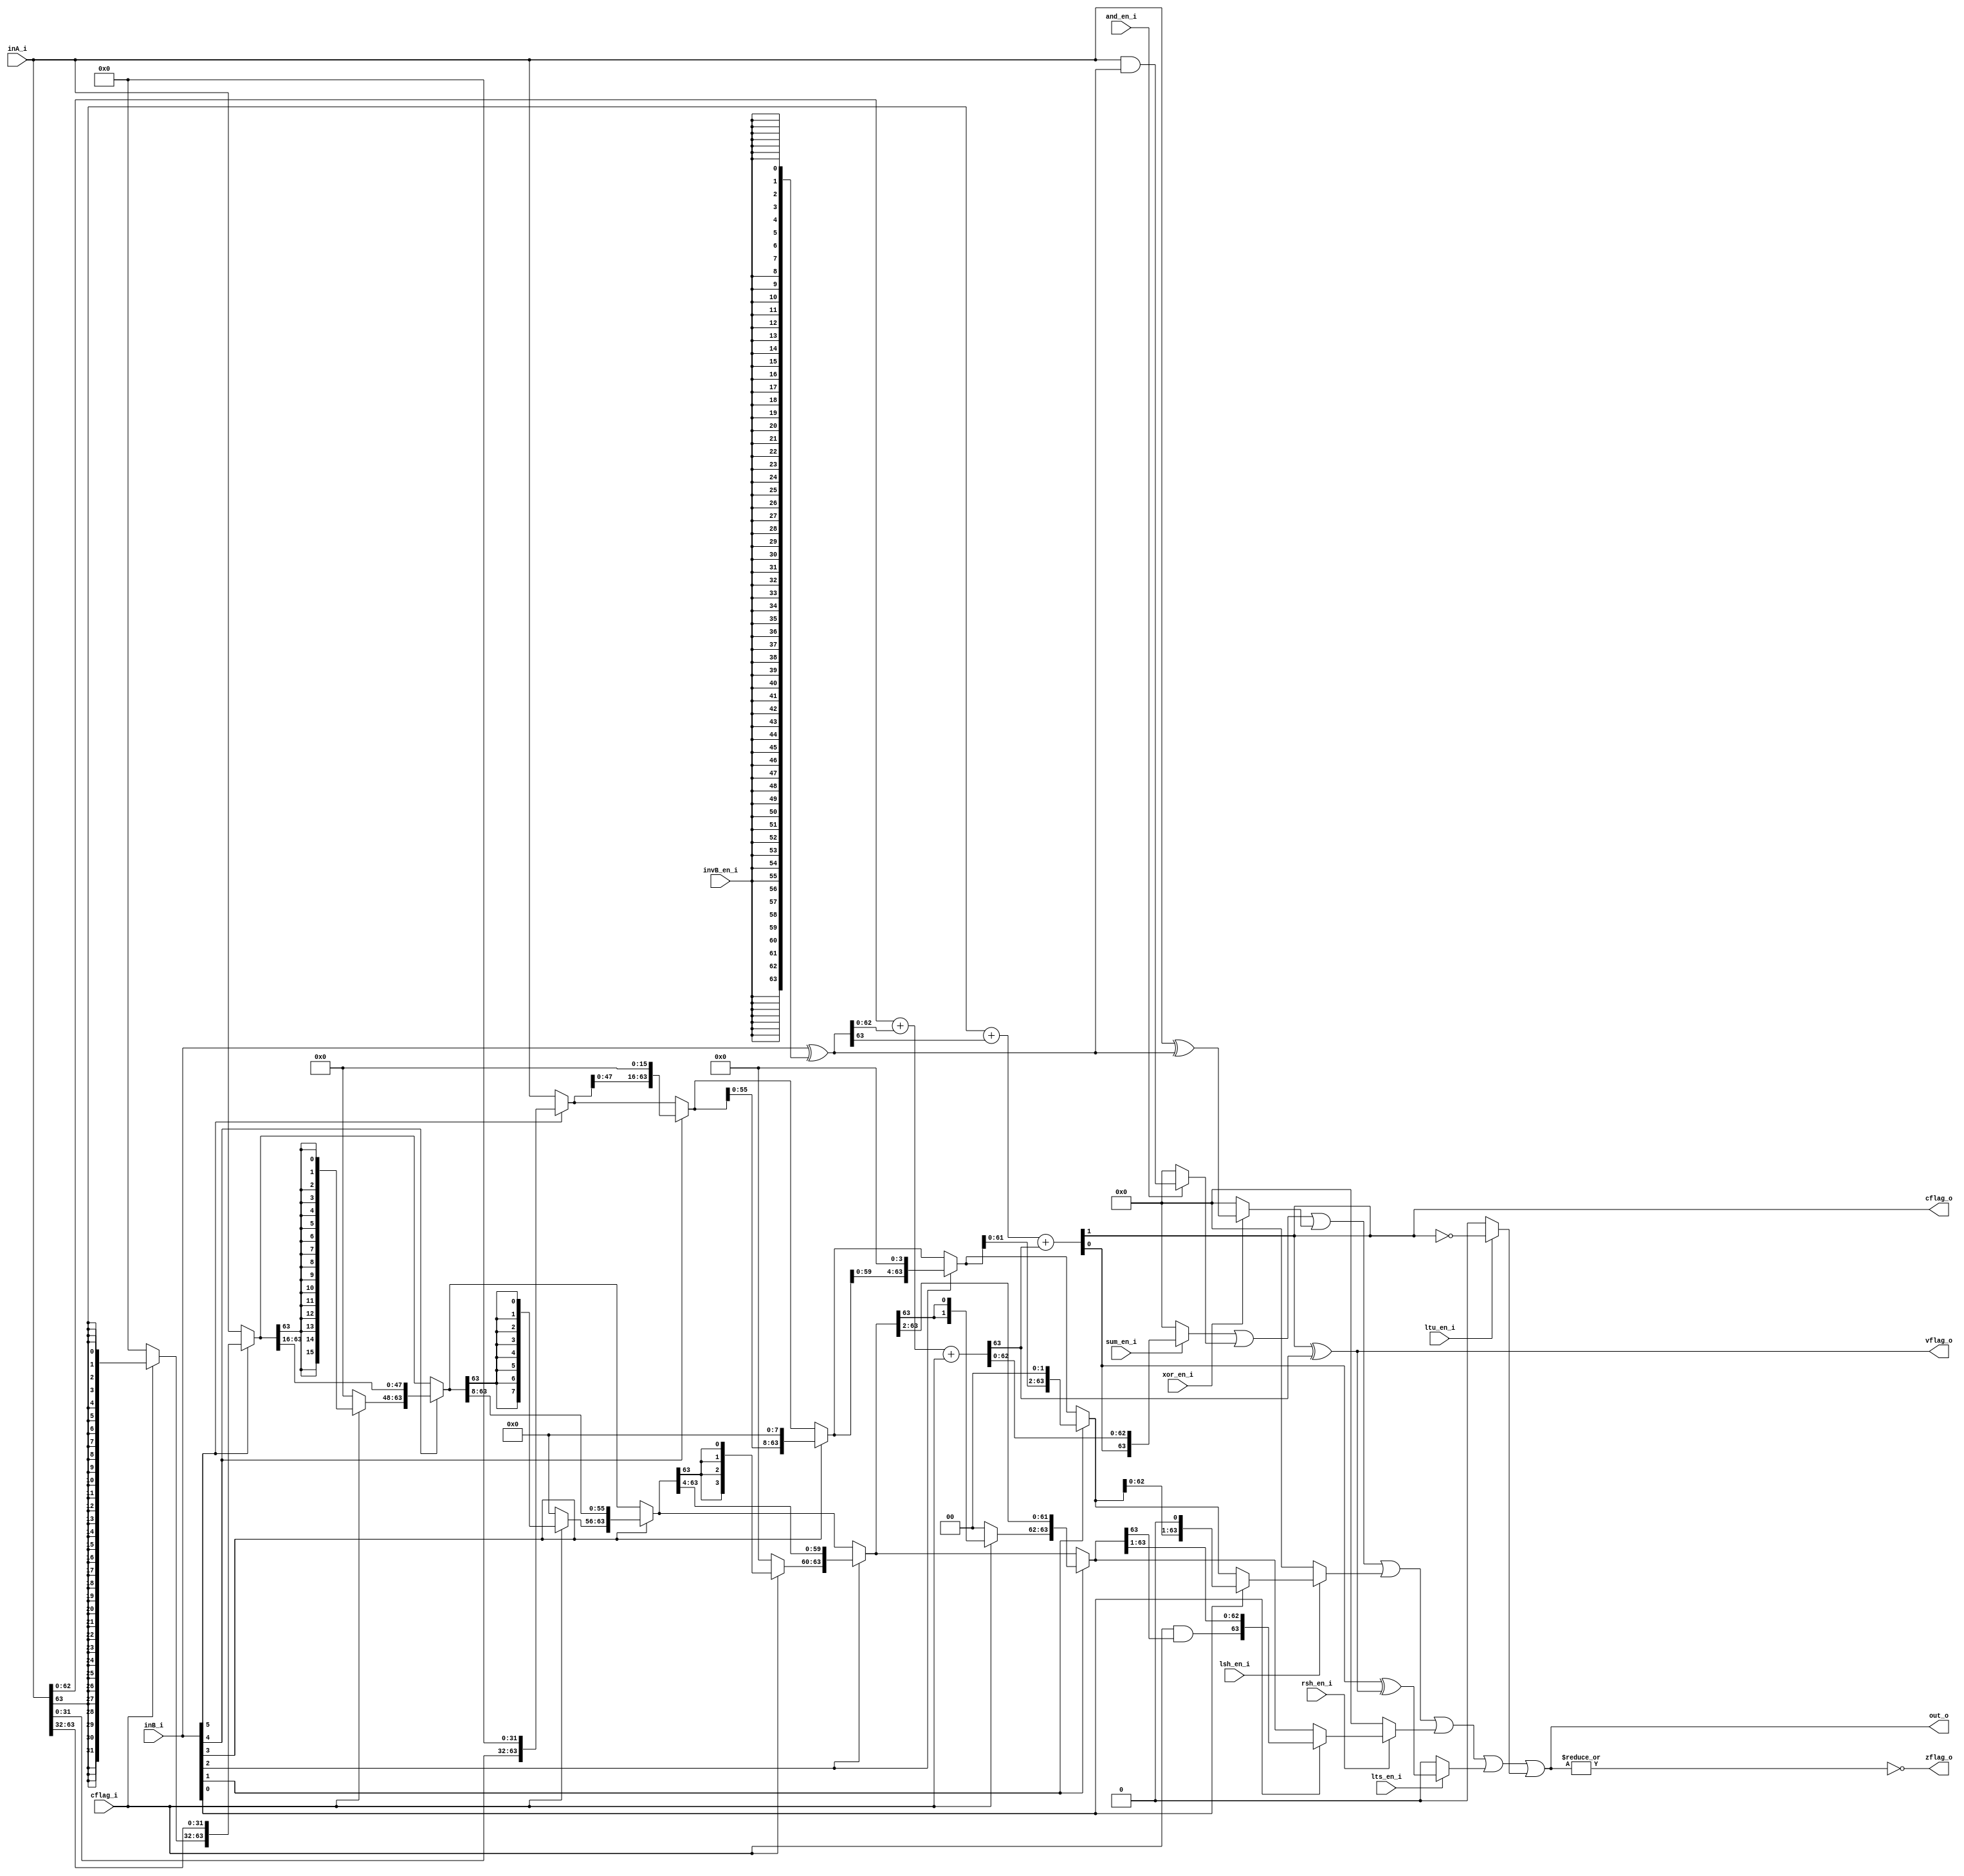
`timescale 1ns / 1ps

// The Arithmetic/Logic Unit (ALU) is responsible for performing the arithmetic
// and bitwise logical operations the computer depends upon to calculate
// everything from effective addresses for looking stuff up in memory, all the
// way to medical imaging.  (OK, the latter might have some help from floating
// point units later on, but I digress.)

module alu(
	input	[63:0]	inA_i,
	input	[63:0]	inB_i,
	input		cflag_i,
	input		sum_en_i,
	input		and_en_i,
	input		xor_en_i,
	input		invB_en_i,
	input		lsh_en_i,
	input		rsh_en_i,
	input		ltu_en_i,	// See issue https://github.com/KestrelComputer/polaris/issues/18
	input		lts_en_i,	// See issue https://github.com/KestrelComputer/polaris/issues/18
	output	[63:0]	out_o,
	output		cflag_o,
	output		vflag_o,
	output		zflag_o
);
	wire [63:0] b = inB_i ^ ({64{invB_en_i}});

	wire [63:0] sumL = inA_i[62:0] + b[62:0] + {62'b0, cflag_i};
	wire c62 = sumL[63];
	wire [64:63] sumH = inA_i[63] + b[63] + c62;
	wire [63:0] rawSums = {sumH[63], sumL[62:0]};

	wire [63:0] sums = sum_en_i ? rawSums : 64'd0;
	assign zflag_o = ~(|out_o);
	assign vflag_o = sumH[64] ^ sumL[63];
	assign cflag_o = sumH[64];

	wire [63:0] ands = and_en_i ? (inA_i & b) : 64'd0;
	wire [63:0] xors = xor_en_i ? (inA_i ^ b) : 64'd0;

	wire [63:0] lsh32 = inB_i[5] ? {inA_i[31:0], 32'd0} : inA_i;
	wire [63:0] lsh16 = inB_i[4] ? {lsh32[47:0], 16'd0} : lsh32;
	wire [63:0] lsh8  = inB_i[3] ? {lsh16[55:0], 8'd0} : lsh16;
	wire [63:0] lsh4  = inB_i[2] ? {lsh8[59:0], 4'd0} : lsh8;
	wire [63:0] lsh2  = inB_i[1] ? {lsh4[61:0], 2'd0} : lsh4;
	wire [63:0] lsh1  = inB_i[0] ? {lsh2[62:0], 1'd0} : lsh2;
	wire [63:0] lshs = lsh_en_i ? lsh1 : 0;

	wire [63:32] sx5 = cflag_i ? {32{inA_i[63]}} : 0;
	wire [63:0] rsh32 = inB_i[5] ? {sx5, inA_i[63:32]} : inA_i;
	wire [63:48] sx4 = cflag_i ? {16{rsh32[63]}} : 0;
	wire [63:0] rsh16 = inB_i[4] ? {sx4, rsh32[63:16]} : rsh32;
	wire [63:56] sx3 = cflag_i ? {8{rsh16[63]}} : 0;
	wire [63:0] rsh8  = inB_i[3] ? {sx3, rsh16[63:8]} : rsh16;
	wire [63:60] sx2 = cflag_i ? {4{rsh8[63]}} : 0;
	wire [63:0] rsh4  = inB_i[2] ? {sx2, rsh8[63:4]} : rsh8;
	wire [63:62] sx1 = cflag_i ? {2{rsh4[63]}} : 0;
	wire [63:0] rsh2  = inB_i[1] ? {sx1, rsh4[63:2]} : rsh4;
	wire sx0 = cflag_i & rsh2[63];

	wire [63:0] rsh1  = inB_i[0] ? {sx0, rsh2[63:1]} : rsh2;
	wire [63:0] rshs = rsh_en_i ? rsh1 : 0;

	wire isLTS = lts_en_i ? {63'd0, rawSums[63] ^ vflag_o} : 0;
	wire isLTU = ltu_en_i ? {63'd0, ~cflag_o} : 0;

	assign out_o = sums | ands | xors | lshs | rshs | isLTS | isLTU;
endmodule